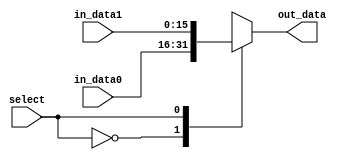
module mux2to1_16bit
(out_data,in_data0,in_data1,select);

input [15:0] in_data0,in_data1;
input select;
output reg [15:0] out_data;

always @(select, in_data0, in_data1)

  begin

    case (select)

      1'b0: out_data = in_data0;

      1'b1: out_data = in_data1;
	endcase

  end
endmodule